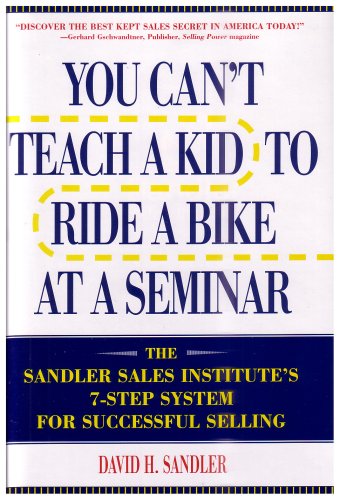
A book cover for You Can't Teach a Kid to Ride a Bike at a Seminar : The Sandler Sales Institute's 7-Step System for Successful Selling; David H. Sandler; Business & Money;